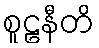
စူဠနီတိ